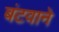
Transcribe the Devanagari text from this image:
बंटवाने